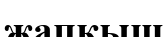
жапқыш